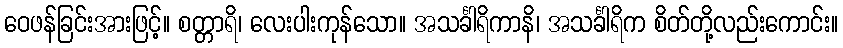
ဝေဖန်ခြင်းအားဖြင့်။ စတ္တာရိ၊ လေးပါးကုန်သော။ အသင်္ခါရိကာနိ၊ အသင်္ခါရိက စိတ်တို့လည်းကောင်း။